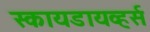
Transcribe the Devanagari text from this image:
स्कायडायव्हर्स